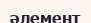
әлемент